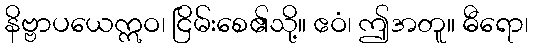
နိဗ္ဗာပယေဣဝ၊ ငြိမ်းစေ၏သို့။ ဧဝံ၊ ဤအတူ။ ဓီရော၊